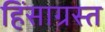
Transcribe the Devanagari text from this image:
हिंसाग्रस्त